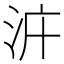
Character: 𣳝